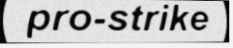
pro-strike